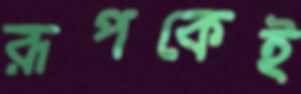
রূপকেই